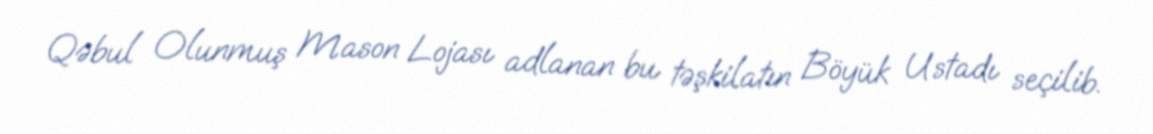
Qəbul Olunmuş Mason Lojası adlanan bu təşkilatın Böyük Ustadı seçilib.